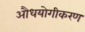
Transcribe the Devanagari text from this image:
औधयोगीकरण